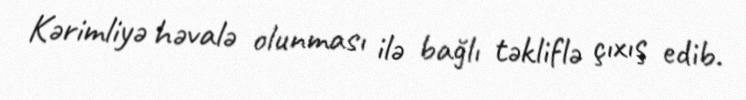
Kərimliyə həvalə olunması ilə bağlı təkliflə çıxış edib.